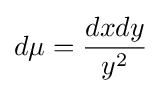
d\mu ={\frac {dxdy}{y^{2}}}